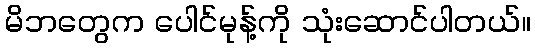
မိဘတွေက ပေါင်မုန့်ကို သုံးဆောင်ပါတယ်။